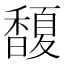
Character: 𩡘